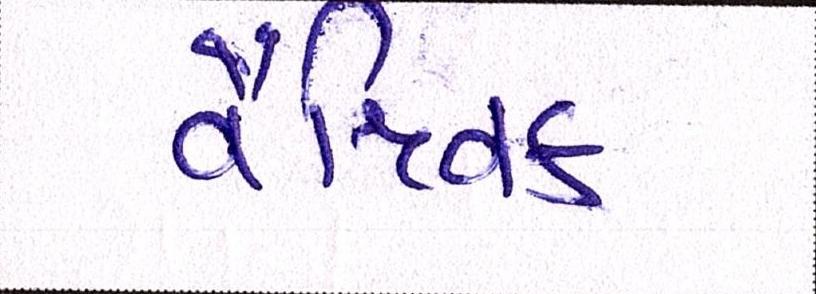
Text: વૈશ્વિક